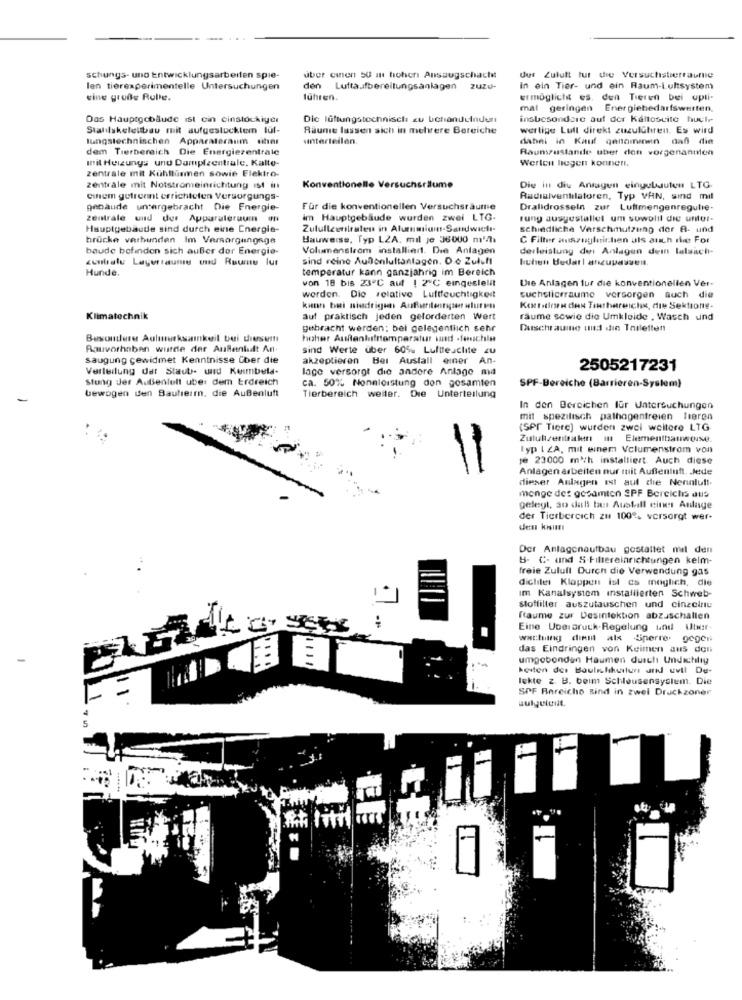
schungs- uno Entwicklungsarbeiten spie-
uber emen 50 in hoher Ansaugschacht
dur Zulutt tur die Versuchstierraumie
len tierexperimentelle Untersuchungen
den Luftaufbereitungsanlagen zuzu-
In ein Tier- und ein Raum-Lultsystem
eine große Rolle.
führen.
ermöglicht es. den Tieren bei upli-
mal geringen Energiebedarfswerten,
Das Hauptgebäude ist cin cinstockiger
Dic lüftungstechnisch zu Uchandelnden
insbesondere auf der Káltosuite huele
Stahlskeleubau mit aufgestocktem lül-
Räume lassen sich in mehrere Bereiche
wertige Lull direkt zuzulGhren. Es wird
lungstechnischen Apparateraum uber
sinterledilen.
dabei in Kauf genominen daß die
dem Tierbereich Die Energiezentrale
Raumzustande uber den vorgenannten
Init Heizungs und Dampfzentrale, Kalte-
Werten legen konnen,
zentrale mit Kühllürmen sowie Elektro-
zentrale mit Notstromeinrichtung ist in
Konventionelle Versucheräume
Die in die Ansagen eingebauten LTG.
cinem getrennt errichteten Versorgungs-
Radialventilatoren, Typ VAN, sind mil
genaude untergebracht Die Energie-
Für die konventionellen Versuchsräume
Dralidrosseln zur Luftmengenregulie-
zentrale und der Apparateraum on
im Hauptgebäude wurden zwei LTG-
tung ausgestallet um sowolil die unter-
Hauptgebäude sind durch eine Energie-
Zulullcentraten in Aturnmriumt-Sandwich-
schiedliche Verschmutzung dor A- und
brücke verbunden Im Versorgungsge
Bauweise, Typ LZA. mil je 36000 m'/h
C Filter auszugleichen als auch the For
baude befinden sich außer der Energie-
Volumenstrom installiert. Die Anlagen
derleistung det Anlagen dein lalaich-
contratu Lagerraume und Ruumu lur
sind reine Autonluftanlagen. De Zulcf
buben Bedar! ancupassent
Hunde.
temperatur kann ganzjährig im Bereich
Die Anlagen fur die konventionellen Ver-
von 18 bis 23"℃ aut ! 2℃ eingestellt
werden. Die relative Luftfeuchtigkeit
suchsliceraume versorgen auch die
Ketteinen den Tinthereichs, dis Sektionte-
Klimatechnik
auf praktisch jeden geforderten wert
räume sowie die Umkleide , Wasch und
gebracht werden: bei gelegentlich sehr
Durschrauine und die Toiletten
Besondere Aulmerksamkeit bui diesemt
hoher Auftenlufttemperatur wand -feuchle
Bauvorhaben wurde der AuBenlidt An
sind Werte über 60% Luftfeuchte zu
saugung gewidmet Kenntnisse Über die
akzeptieren Bei Ausfall einer An-
Verteilung der Staub- und Keimbela-
lage versorgt die andere Anlage ma
2505217231
Stung Jer AuBenlull uber dem Erdreich
ca. 50% Nonnleistung don gosamten
bewogen den Bautierr. die AuBenluft
SPF-Bereiche (Barrieren-System)
Tierbereich weiter. Die Unterteilung
In den Bereichen für Untersuchungen
mit spezifisch pathogenfreien lieren
(SPr Tiere] wurden zwei weitere LTG
Zuluksentralen in Elementhanweise.
Typ I ZA, mit einem Volumenstrom von
je 23000 m3/h installiert Auch diese
Anlagen arbeiten nur mit Außenluft. Jede
dieser Anlagen ist auf die Nennluft-
menge des gesamten SPF Bereichs aus
gelegt, so dali tes Austell eines Anlage
der Tierbercich zu 100% versorgt wer.
den kisur
Der Anlagenaufbau gestattet mil den
B- C- und S-Filtereinrichtungen kelm-
freie Zulull Durch die Verwendung gas
dichiles Klappen ist es moglich, die
Im Kanalsystem installierten Schweb-
stoffilter auszutauschen und cinzelriu
:
Raume zur Desinfektion abzuschallen
Eine Uberaruck-Regelung und Uber.
wartung dient als Sperre. gegen
das Eindringen von Keimen aus den
umpobondun Haumen dusch Undichılıy
kosten des Boulehkultur und evtl De-
lekte z. B. beim Schleusensystem. Die
SPF Bereicho Rind in zwei Druckzoner